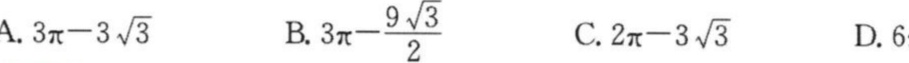
A. \(3\pi - 3\sqrt{3}\)  B. \(3\pi-\frac{9\sqrt{3}}{2}\)  C. \(2\pi - 3\sqrt{3}\)  D. \(6\)